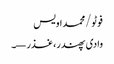
فوٹو/محمد اویس
وادی پھندر، غذر—۔